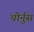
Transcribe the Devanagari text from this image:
चोर्नुस